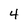
Character: 4